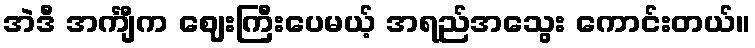
အဲဒီ အင်္ကျီက ဈေးကြီးပေမယ့် အရည်အသွေး ကောင်းတယ်။